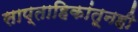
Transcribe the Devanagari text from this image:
साप्ताहिकांतूनही